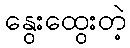
နွေးထွေးတဲ့